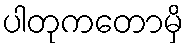
ပါတုကတောမှိ